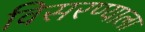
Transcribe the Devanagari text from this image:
विसरण्याला